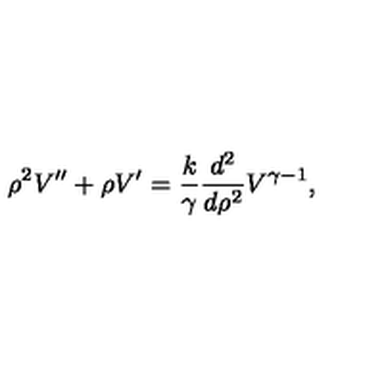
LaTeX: \rho ^ { 2 } V ^ { \prime \prime } + \rho V ^ { \prime } = { \frac { k } { \gamma } } { \frac { d ^ { 2 } } { d \rho ^ { 2 } } } V ^ { \gamma - 1 } ,